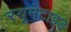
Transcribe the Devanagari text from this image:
रयूमेटाइड